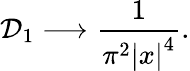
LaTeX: {\cal D}_{1}\longrightarrow\frac{1}{\pi^{2}\left|x\right|^{4}}.